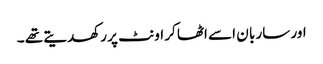
اور سار با ن اسے اٹھا کر اونٹ پر رکھدیتے تھے ۔